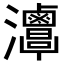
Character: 𤅦